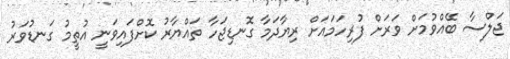
ޖަލްސާ ބޭއްވުމަށް ވަރަށް ފުރިހަމައަށް ރިޔާދަމާ ގޮނޑިޖަހާ ތައްޔާރު ކޮށްފައިވަނީ އުތީމު ގަނޑުވަރު